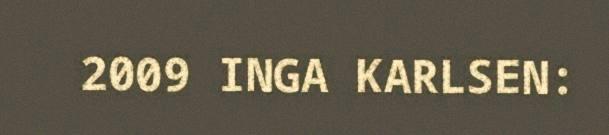
2009 INGA KARLSEN: